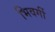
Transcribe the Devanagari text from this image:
भिवर्गी